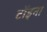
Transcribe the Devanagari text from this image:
टोंड्ना